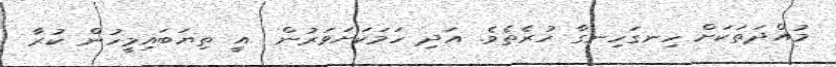
މުއްދަތަކަށް ހިނގަހިނގާ ހުރެތެވެ. އަދި ހަމަކަށަވަރުން  އީ ތިޔަބައިމީހުން ކުރާ